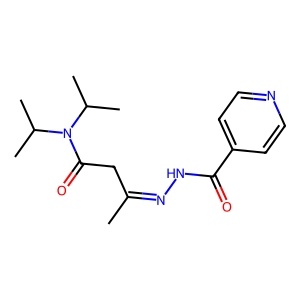
SMILES: CC(CC(=O)N(C(C)C)C(C)C)=NNC(=O)c1ccncc1
Inhibits HIV replication: No